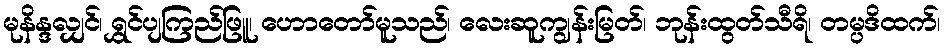
မုနိန္ဒလျှင်၊ ရွှင်ပျကြည်ဖြူ၊ ဟောတော်မူသည်၊ လေးဆူကျွန်းမြတ်၊ ဘုန်းထွတ်သီရိ၊ တမ္ပဒိထက်၊